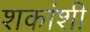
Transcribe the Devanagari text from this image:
शकांशी